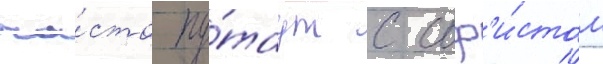
ча́сто пу́таут с соф'и́стом